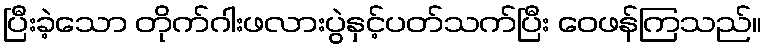
ပြီးခဲ့သော တိုက်ဂါးဖလားပွဲနှင့်ပတ်သက်ပြီး ဝေဖန်ကြသည်။